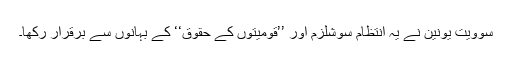
سوویت یونین نے یہ انتظام سوشلزم اور ’’قومیتوں کے حقوق‘‘ کے بہانوں سے برقرار رکھا۔